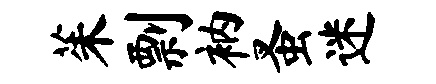
茱剽衲蚤迷